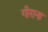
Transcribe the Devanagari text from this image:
गीराना